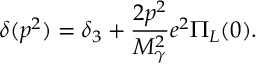
\delta ( p ^ { 2 } ) = \delta _ { 3 } + \frac { 2 p ^ { 2 } } { M _ { \gamma } ^ { 2 } } e ^ { 2 } \Pi _ { L } ( 0 ) .